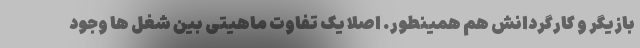
بازیگر و کارگردانش هم همینطور. اصلاً یک تفاوت ماهیتی بین شغل ها وجود